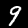
Label: 9